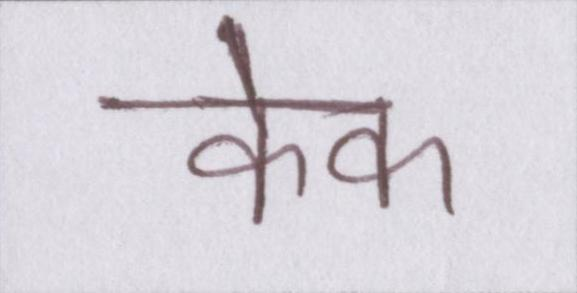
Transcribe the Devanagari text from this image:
केक